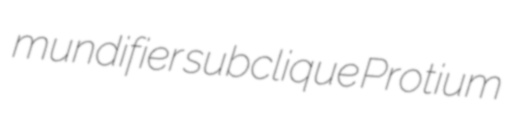
mundifier subclique Protium